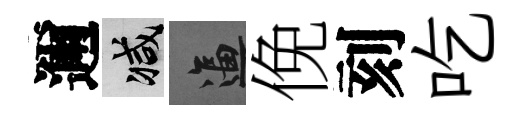
邇减逼俛刻吃